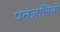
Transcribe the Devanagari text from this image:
पतंजलिनी